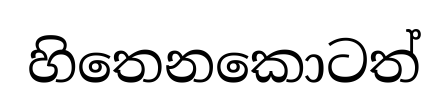
හිතෙනකොටත්